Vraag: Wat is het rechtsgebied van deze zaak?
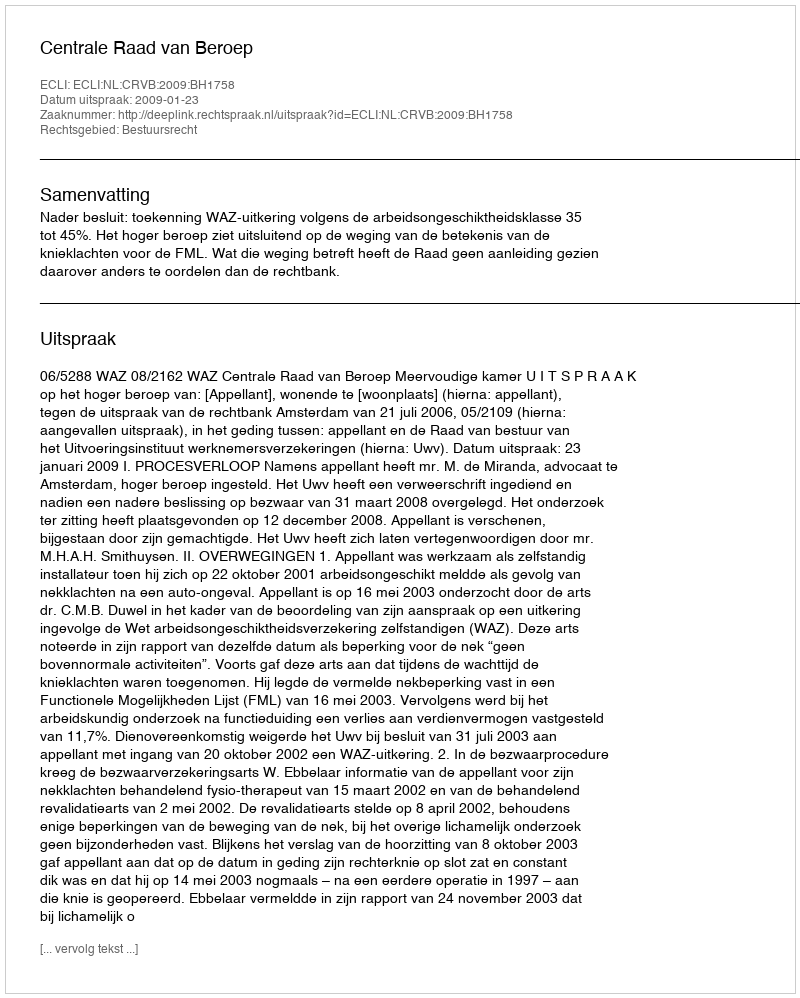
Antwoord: Bestuursrecht